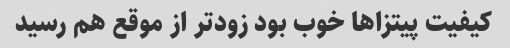
کیفیت پیتزاها خوب بود‌ زودتر از موقع هم رسید